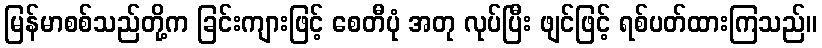
မြန်မာစစ်သည်တို့က ခြင်းကျားဖြင့် စေတီပုံ အတု လုပ်ပြီး ဖျင်ဖြင့် ရစ်ပတ်ထားကြသည်။